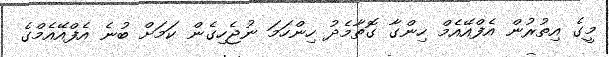
މީގެ އިތުރުން އެފްއޭއެމް ހިންގާ ގޮތާމެދު ހިންހަމަ ނުޖެހިގެން ކަމަށް ބުނެ އެފްއޭއެމްގެ